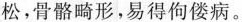
松，骨骼畸形，易得佝偻病。